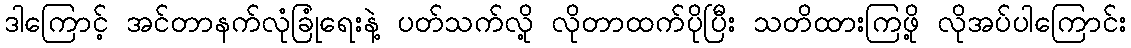
ဒါကြောင့် အင်တာနက်လုံခြုံရေးနဲ့ ပတ်သက်လို့ လိုတာထက်ပိုပြီး သတိထားကြဖို့ လိုအပ်ပါကြောင်း